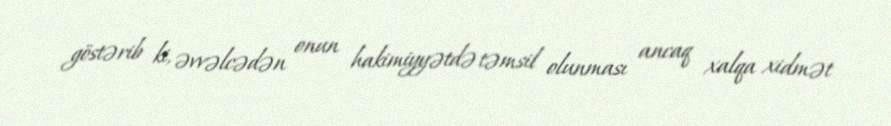
göstərib ki, əvvəlcədən onun hakimiyyətdə təmsil olunması ancaq xalqa xidmət